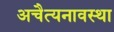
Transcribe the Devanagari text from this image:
अचैत्यनावस्था